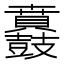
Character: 𮮪